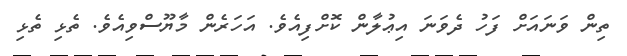
ތިން ވަނައަށް ފަހު ދެވަނަ އިޢުލާން ކޮށްފިއެވެ. އަހަރެން މާޔޫސްވިއެވެ. ތެޅި ތެޅި